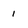
Character: 1